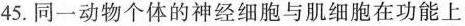
45.同一动物个体的神经细胞与肌细胞在功能上